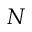
N